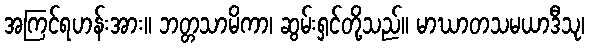
အကြင်ရဟန်းအား။ ဘတ္တသာမိကာ၊ ဆွမ်းရှင်တို့သည်။ မာဃာတသမယာဒီသု၊